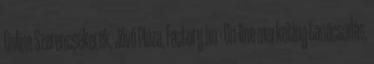
Online Szerencsekerék, Jövő Pláza, Factory.hu - On-line marketing tanácsadás,